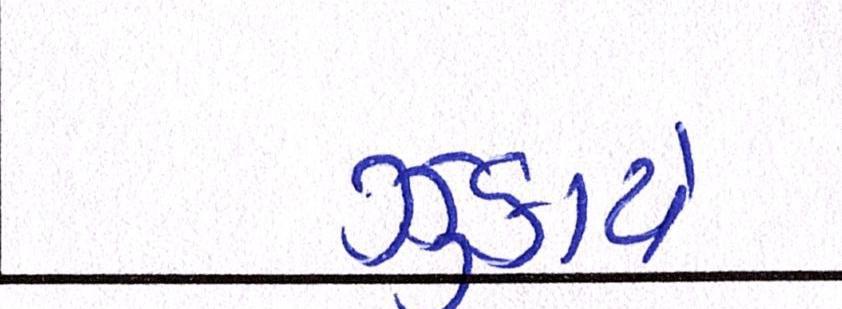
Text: ઝુકાયે